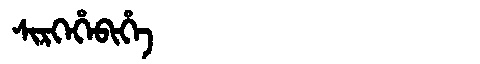
Manchu: ᠰᡳᡵᡴᡝᡥᡝᠪᡳᡥᡝ
Romanization: SIRKEHEBIHE